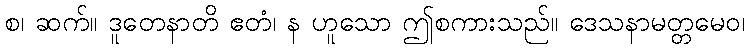
စ၊ ဆက်။ ဒူတေနာတိ ဧတံ၊ န ဟူသော ဤစကားသည်။ ဒေသနာမတ္တမေဝ၊